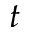
t